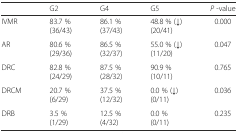
<table><thead><tr><td>[EMPTY_CELL]</td><td><b>G2</b></td><td><b>G4</b></td><td><b>G5</b></td><td><b><i>P</i> -value</b></td></tr></thead><tbody><tr><td>IVMR</td><td>83.7 % (36/43)</td><td>86.1 % (37/43)</td><td>48.8 % (↓) (20/41)</td><td>0.000</td></tr><tr><td>AR</td><td>80.6 % (29/36)</td><td>86.5 % (32/37)</td><td>55.0 % (↓) (11/20)</td><td>0.047</td></tr><tr><td>DRC</td><td>82.8 % (24/29)</td><td>87.5 % (28/32)</td><td>90.9 % (10/11)</td><td>0.765</td></tr><tr><td>DRCM</td><td>20.7 % (6/29)</td><td>37.5 % (12/32)</td><td>0.0 % (↓) (0/11)</td><td>0.036</td></tr><tr><td>DRB</td><td>3.5 % (1/29)</td><td>12.5 % (4/32)</td><td>0.0 % (0/11)</td><td>0.235</td></tr></tbody></table>